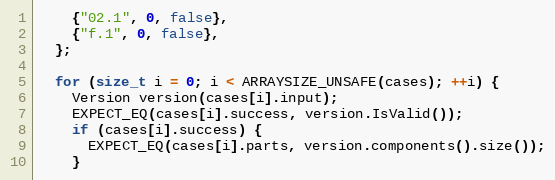
Language: C++
    {"02.1", 0, false},
    {"f.1", 0, false},
  };

  for (size_t i = 0; i < ARRAYSIZE_UNSAFE(cases); ++i) {
    Version version(cases[i].input);
    EXPECT_EQ(cases[i].success, version.IsValid());
    if (cases[i].success) {
      EXPECT_EQ(cases[i].parts, version.components().size());
    }